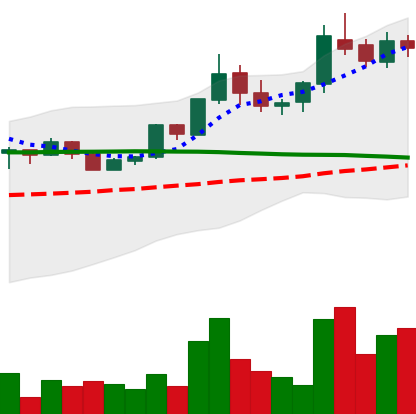
Ticker: BTC-USD
Chart end date: 2015-07-09
Forward return: 6.773%
Label: up_5_7